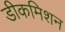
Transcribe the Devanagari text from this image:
डीकमिशन